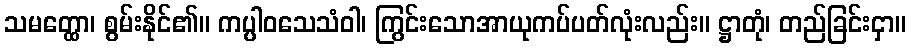
သမတ္ထော၊ စွမ်းနိုင်၏။ ကပ္ပါဝသေသံဝါ၊ ကြွင်းသောအာယုကပ်ပတ်လုံးလည်း။ ဋ္ဌာတုံ၊ တည်ခြင်းငှာ။